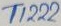
Text: T1222